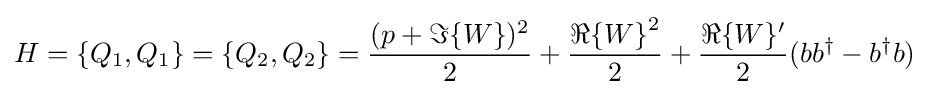
H=\{Q_{1},Q_{1}\}=\{Q_{2},Q_{2}\}={\frac {(p+\Im \{W\})^{2}}{2}}+{\frac {{\Re \{W\}}^{2}}{2}}+{\frac {\Re \{W\}'}{2}}(bb^{\dagger }-b^{\dagger }b)